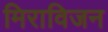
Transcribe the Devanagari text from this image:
मिराविजन